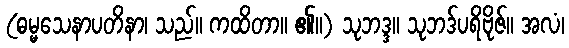
(ဓမ္မသေနာပတိနာ၊ သည်။ ကထိတာ။ ၏။) သုဘဒ္ဒ။ သုဘဒ်ပရိဗိုဇ်။ အလံ၊